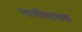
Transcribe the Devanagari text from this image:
नाणीवाचक